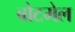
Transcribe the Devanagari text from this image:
बोटमेल